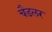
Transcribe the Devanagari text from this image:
चैडलर